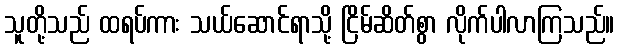
သူတို့သည် ထရပ်ကား သယ်ဆောင်ရာသို့ ငြိမ်ဆိတ်စွာ လိုက်ပါလာကြသည်။